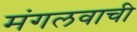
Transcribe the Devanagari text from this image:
मंगलवाची